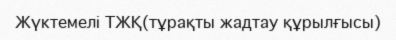
Жүктемелі ТЖҚ(тұрақты жадтау құрылғысы)